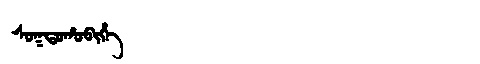
Manchu: ᠰᠣᡴᡨᠣᡥᠣᠪᡳᡥᡝ
Romanization: SOKTOHOBIHE